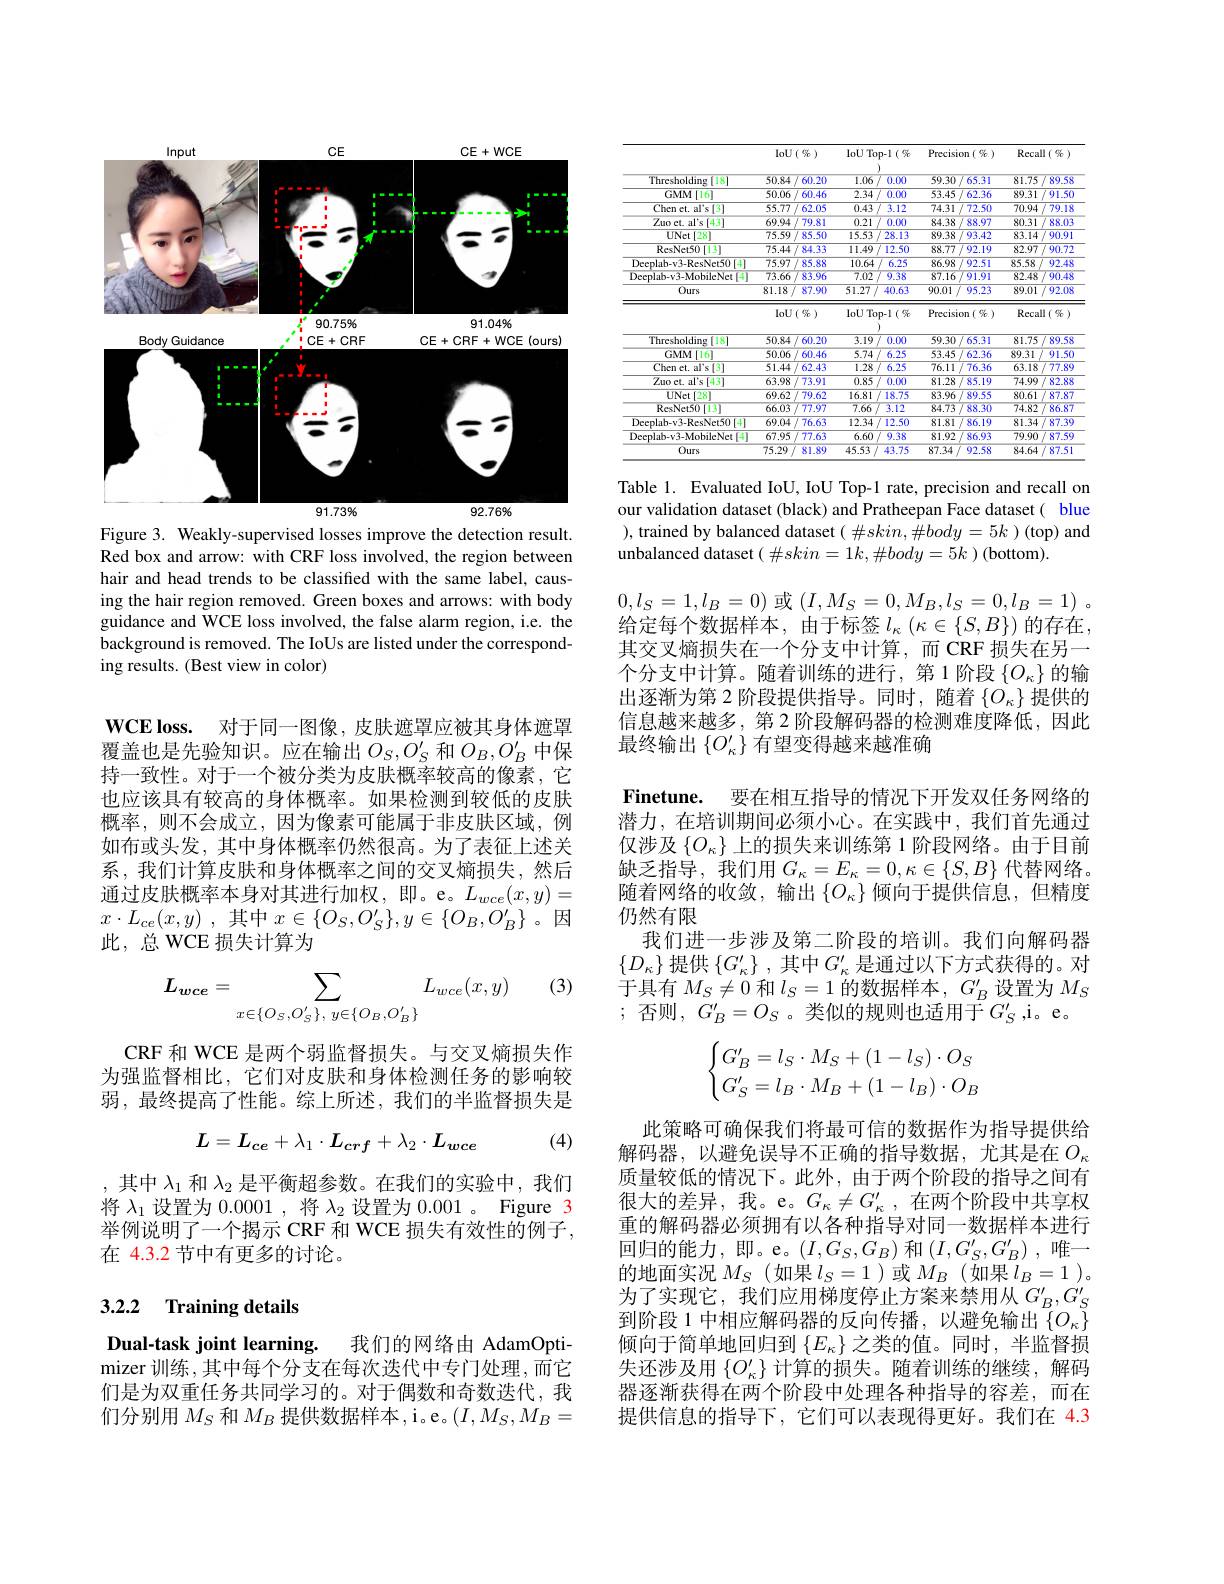
<FigureHere>

Figure 3. Weakly-supervised losses improve the detection result. Red box and arrow: with CRF loss involved, the region between hair and head trends to be classified with the same label, causing the hair region removed. Green boxes and arrows: with body guidance and WCE loss involved, the false alarm region, i.e. the background is removed. The IoUs are listed under the corresponding results. (Best view in color)

$\mathbf{WCE}\mathbf{loss. }$ 对于同一图像，皮肤遮罩应被其身体遮罩覆盖也是先验知识。应在输出$O_S,O_S^{\prime}$ 和$O_B,O_B^{\prime}$ 中保持一致性。对于一个被分类为皮肤概率较高的像素，它也应该具有较高的身体概率。如果检测到较低的皮肤概率，则不会成立，因为像素可能属于非皮肤区域，例如布或头发，其中身体概率仍然很高。为了表征上述关系，我们计算皮肤和身体概率之间的交叉熵损失，然后通过皮肤概率本身对其进行加权，即。e。$L_wce(x,y)=$ $x\cdot L_{ce}( x, y)$ , 其中$x\in\{O_S$, 此，总 WCE 损失计算为

(3)
$$L_{wce}=\sum_{x\in\{O_S,O_S'\},\:y\in\{O_B,O_B'\}}L_{wce}(x,y)$$
CRF 和 WCE 是两个弱监督损失。与交叉熵损失作为强监督相比，它们对皮肤和身体检测任务的影响较弱，最终提高了性能。综上所述，我们的半监督损失是
$$L=L_{ce}+\lambda_1\cdot L_{crf}+\lambda_2\cdot L_{wce}$$
(4)

,其中$\lambda_1$ 和 $\lambda_2$ 是平衡超参数。在我们的实验中，我们将$\lambda_1$设置为0.0001,将$\lambda_2$设置为0.001。Figure 3举例说明了一个揭示 CRF 和 WCE 损失有效性的例子， 在 4.3.2 节中有更多的讨论。

# 3.2.2 Training details

Dual-task joint learning. 我们的网络由 AdamOpti-

mizer 训练，其中每个分支在每次迭代中专门处理，而它们是为双重任务共同学习的。对于偶数和奇数迭代，我们分别用$M_S$和$M_B$提供数据样本，

<table>
	<tbody>
		<tr>
			<th> </th>
			<th>$\operatorname{IoU}($究)</th>
			<th>IoU Top-1(究</th>
			<th>Precision( % )</th>
			<th>$\operatorname{Recall}(\operatorname{Se})$</th>
		</tr>
		<tr>
			<td>Thresholding[18]</td>
			<td>50.84 60.20</td>
			<td>1.06 0.00</td>
			<td>59.30 65.31</td>
			<td>81.75 89.58</td>
		</tr>
		<tr>
			<td>GMM[16]</td>
			<td>60.46 50.06</td>
			<td>2.34 0.00</td>
			<td>53.45 62.36</td>
			<td>89.31 $91.5C$</td>
		</tr>
		<tr>
			<td>Chen et. al's[3]</td>
			<td>62.05 55.77 1 </td>
			<td>0.43/ 3.12</td>
			<td>74.31/1 72.50 </td>
			<td>70.94 79.18</td>
		</tr>
		<tr>
			<td>$Zuoct.al's[43]$</td>
			<td>69.94 79.81 $4\int^{*}$</td>
			<td>0.21 0.00</td>
			<td>84.38 88.97</td>
			<td>80.31 88.03</td>
		</tr>
		<tr>
			<td>UNet $t[28]$</td>
			<td>75.59 85.50</td>
			<td>15.53 . 28.13 1</td>
			<td>89.38 93.42</td>
			<td>90.91 83.14</td>
		</tr>
		<tr>
			<td>ResNet50[13]</td>
			<td>84.33 75.44 , 1</td>
			<td>11.49 12.50</td>
			<td>88.77. 92.19 T 1</td>
			<td>90.72 82.97</td>
		</tr>
		<tr>
			<td>Drenlah-v3- $-ResNct5014$</td>
			<td>75.97 85.88 $\frac{1}{2}=\frac{1}{2}$ </td>
			<td>10.64 6.25 1.1</td>
			<td>86.98 92.51</td>
			<td> $f$ 92.48</td>
		</tr>
		<tr>
			<td>Deeplab-v3-MobileNet</td>
			<td>73.66 83.96</td>
			<td>7.02 9.38</td>
			<td>87.16 91.91</td>
			<td>90.48 82.48</td>
		</tr>
		<tr>
			<td rowspan="2">Ours</td>
			<td>$\overline{81.18/}$ 87.90</td>
			<td>51.27/ 40.63</td>
			<td>90.01 95.23 $f^{\prime}$</td>
			<td>89.01 $f$ 92.08 1 T 1</td>
		</tr>
		<tr>
			<td>$\operatorname{IoU}($究)</td>
			<td>IoU Top-1(究</td>
			<td>Precision( % )</td>
			<td>$\operatorname{Recall}(\operatorname{Se})$</td>
		</tr>
		<tr>
			<td>Thresholding[18]</td>
			<td>60.20 50.84</td>
			<td>3.19 0.00</td>
			<td>59.30 65.31</td>
			<td>89.58 81.75</td>
		</tr>
		<tr>
			<td>GMM[16]</td>
			<td>50.06 60.46</td>
			<td>5.74 6.25</td>
			<td>53.45 62.36</td>
			<td>89.31 $91.5C$</td>
		</tr>
		<tr>
			<td>$\overline{\text{Chen et. al's}[3]}$</td>
			<td>51.44 62.43</td>
			<td>1.28 6.25</td>
			<td>76.11 76.36</td>
			<td>63.18/ 77.89</td>
		</tr>
		<tr>
			<td>Zuo ct. al's [43]</td>
			<td>63.98 73.91</td>
			<td> 0.00</td>
			<td>81.28 85.19</td>
			<td>74.99 82.88</td>
		</tr>
		<tr>
			<td>UNet $[28^{\circ}$ </td>
			<td>69.62/7 79.62</td>
			<td>16.81 18.75</td>
			<td>83.96 89.55</td>
			<td>80.61 87.87</td>
		</tr>
		<tr>
			<td>ResNet50[13]</td>
			<td>66.03 77.97</td>
			<td>7.66 3.12</td>
			<td>84.73 88.30</td>
			<td>74.82 86.87</td>
		</tr>
		<tr>
			<td>Deeplab-v3-ResNet50 11 [4]</td>
			<td>69.04 76.63 11</td>
			<td>12.34 12.50</td>
			<td>81.81 86.19</td>
			<td>81.34 87.39</td>
		</tr>
		<tr>
			<td>Deeplab-v3-MobileNet 114</td>
			<td>67.95 77.63 $i/7$ 1</td>
			<td>6.60 9.38</td>
			<td>81.92 86.93</td>
			<td>$\overline{79.90}$ 87.59</td>
		</tr>
		<tr>
			<td>$\overline{Ours}$</td>
			<td>75.29 81.89 1. 1</td>
			<td>45.53/ 43.75</td>
			<td>87.34/ 92.58</td>
			<td>84.64 87.51</td>
		</tr>
	</tbody>
</table>

Table 1. Evaluated IoU, IoU Top-1 rate, precision and recall on

$0,l_S=1,l_B=0)$或$( I, M_S= 0, M_B, l_S= 0, l_B= 1)$ 。给定每个数据样本，由于标签$l_\kappa\left(\kappa\in\{S,B\}\right)$的存在，

our validation dataset (black) and Pratheepan Face dataset( blue ), trained by balanced dataset $(\#skin,\#body=5k$ )(top) and unbalanced dataset $(\#skin=1k,\#body=5k$ )(bottom).
其交叉熵损失在一个分支中计算，而 CRF 损失在另一个分支中计算。随着训练的进行，第1阶段$\{O_\kappa\}$ 出逐渐为第 2 阶段提供指导。同时，随着$\{O_\kappa\}$提供的信息越来越多，第 2 阶段解码器的检测难度降低，因此最终输出$\{O_\kappa^{\prime}\}$有望变得越来越准确
Finetune. 要在相互指导的情况下开发双任务网络的潜力，在培训期间必须小心。在实践中，我们首先通过仅涉及$\{O_\kappa\}$上的损失来训练第 1 阶段网络。由于目前缺乏指导，我们用$G_\kappa=E_\kappa=0,\kappa\in\{S,B\}$ 代替网络。随着网络的收敛，输出$\left\{O_\kappa\right\}\ddot\text{倾向于提供信息，但精度}$ 仍然有限
我们进一步涉及第二阶段的培训。我们向解码器$\{D_{\kappa}\}$提供$\{ G_\kappa ^{\prime }\}$ ,其中$G_\kappa^{\prime}$是通过以下方式获得的。对于具有$M_S\neq0$ 和$l_S=1$ 的数据样本，$G_B^\prime$设置为$M_S$ ; 否则$,G_B^\prime=O_S$。类似的规则也适用于$\bar{G}_S^\prime$,i。e.
$$\begin{cases}G_B'=l_S\cdot M_S+(1-l_S)\cdot O_S\\G_S'=l_B\cdot M_B+(1-l_B)\cdot O_B\end{cases}$$
此策略可确保我们将最可信的数据作为指导提供给解码器，以避免误导不正确的指导数据，尤其是在$O_\kappa$ 质量较低的情况下。此外，由于两个阶段的指导之间有很大的差异，我。e。$G_\kappa\neq G_\kappa^{\prime}$,在两个阶重的解码器必须拥有以各种指导对同一数据样本进行回归的能力，即。e。$(I,G_S,G_B)$ 和$\left(I,G_S^{\prime},G_B^{\prime}\right)$, 唯一的地面实况$M_S$ (如果$l_S=1$)或$M_B$ (如果$l_B=1$ )。为了实现它，我们应用梯度停止方案来禁用从$G_B^{\prime},G_S^{\prime}$ 到阶段 1 中相应解码器的反向传播，以避免输出$\{O_\kappa\}$ 倾向于简单地回归到$\{E_\kappa\}$之类的值。同时，半监失还涉及用$\{O_\kappa^{\prime}\}$计算的损失。随着训练的继续，解码器逐渐获得在两个阶段中处理各种指导的容差，而在提供信息的指导下，它们可以表现得更好。我们在 4.3